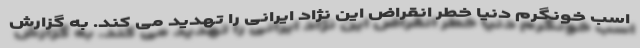
اسب خونگرم دنیا خطر انقراض این نژاد ایرانی را تهدید می کند. به گزارش